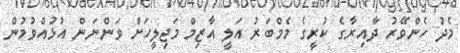
މެދު ހެންވޭރު ދާއިރާގެ ކުރީގެ މެމްބަރު އަލީ އާޒިމް މަޖިލީހަށް ވަންނަން އުޅުއްވުމުން